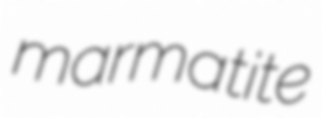
marmatite